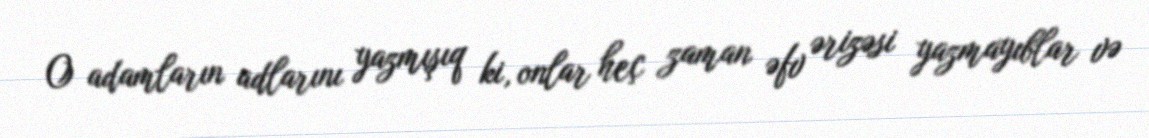
O adamların adlarını yazmışıq ki, onlar heç zaman əfv ərizəsi yazmayıblar və